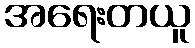
အရေးတယူ